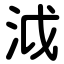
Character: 泧